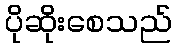
ပိုဆိုးစေသည်